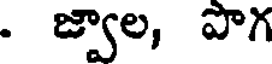
. జ్వాల, పొగ